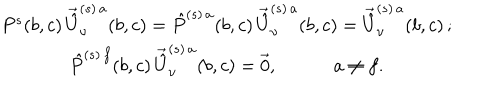
\begin{array} { c } { { P ^ { s } ( b , c ) \, \vec { \hat { U } } _ { \upsilon } ^ { ( s ) \, a } ( b , c ) = \hat { P } ^ { ( s ) \, a } ( b , c ) \, \vec { \hat { U } } _ { \upsilon } ^ { ( s ) \, a } ( b , c ) = \vec { \hat { U } } _ { \upsilon } ^ { ( s ) \, a } ( b , c ) \, ; } } \\ { { \hat { P } ^ { ( s ) \, f } ( b , c ) \, \vec { \hat { U } } _ { \upsilon } ^ { ( s ) \, a } ( b , c ) = \vec { 0 } , \qquad \quad a \neq f . } } \\ \end{array}